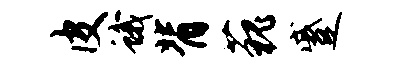
皮蛾背藐蹙